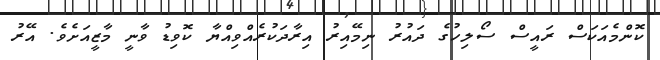
ކޮންމެއަކަސް ރައީސް ސޯލިހުގެ ދައުރު ނިމޭއިރު އިރާދަކުރެއްވިއްޔާ ކޮވިޑު ވާނީ މާޒީއަށެވެ. އޭރު